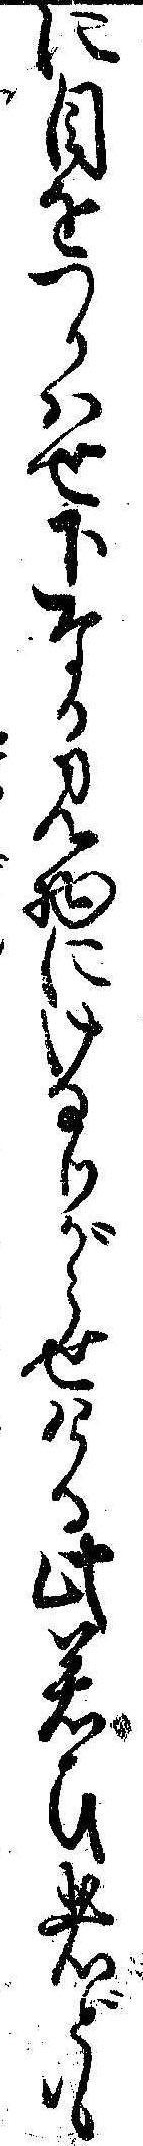
に目をつかはせ下なる見物にけなりがらせける此若ひ者ども